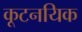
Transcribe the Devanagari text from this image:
कूटनयिक